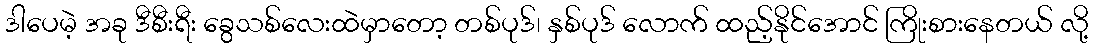
ဒါပေမဲ့ အခု ဒီစီးရီး ခွေသစ်လေးထဲမှာတော့ တစ်ပုဒ်၊ နှစ်ပုဒ် လောက် ထည့်နိုင်အောင် ကြိုးစားနေတယ် လို့